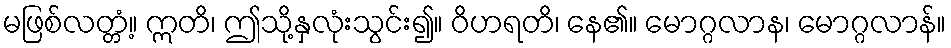
မဖြစ်လတ္တံ့။ ဣတိ၊ ဤသို့နှလုံးသွင်း၍။ ဝိဟရတိ၊ နေ၏။ မောဂ္ဂလာန၊ မောဂ္ဂလာန်။